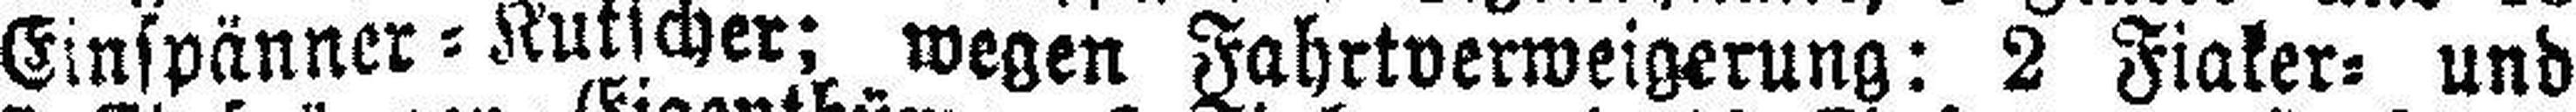
Einspänner=Kuttcher; wegen Fahrtverweigerung: 2 Fiaker= und